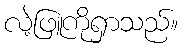
လဲ့ဖြူကိုရှာသည်။